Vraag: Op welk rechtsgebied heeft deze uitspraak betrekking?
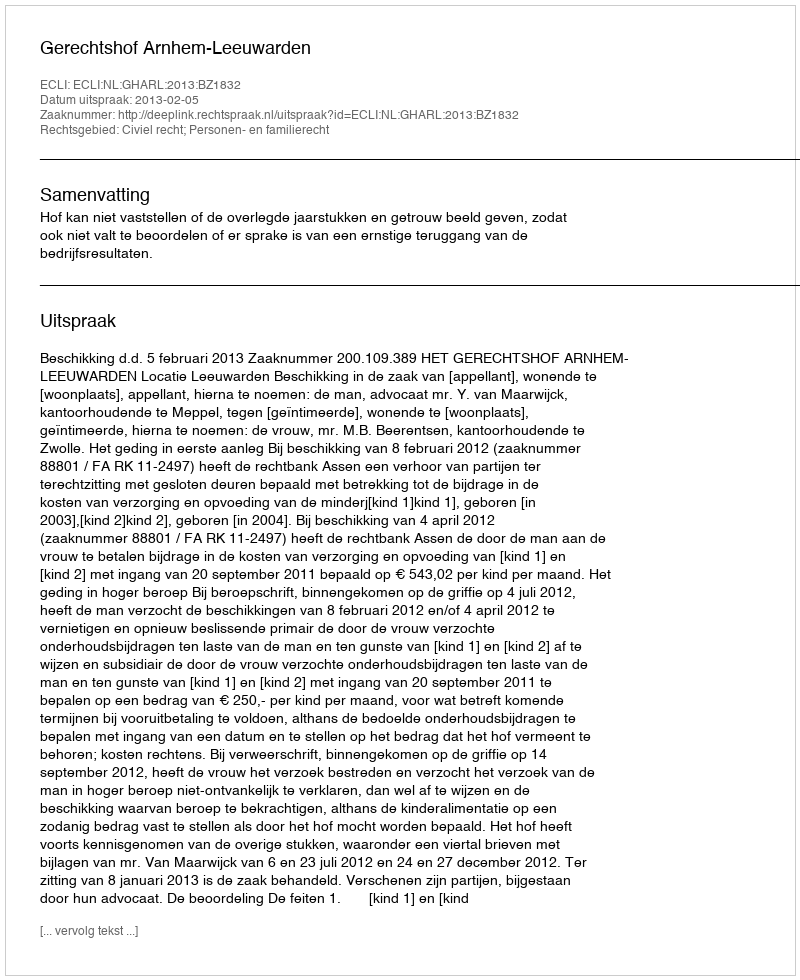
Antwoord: Civiel recht; Personen- en familierecht